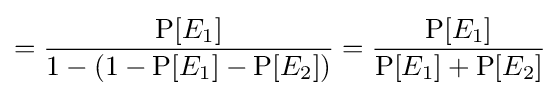
={\frac {\operatorname {P} [E_{1}]}{1-(1-\operatorname {P} [E_{1}]-\operatorname {P} [E_{2}])}}={\frac {\operatorname {P} [E_{1}]}{\operatorname {P} [E_{1}]+\operatorname {P} [E_{2}]}}